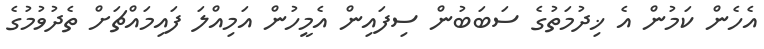
އެހެން ކަމުން އެ ޚިދުމަތުގެ ސަބަބުން ސިފައިން އެމީހުން އަމިއްލަ ފައިމައްޗަށް ތެދުވުމުގެ